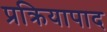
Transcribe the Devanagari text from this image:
प्रक्रियापाद